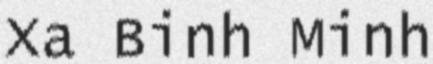
Xa Binh Minh